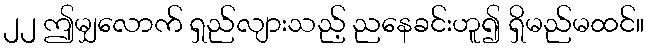
၂၂ ဤမျှလောက် ရှည်လျားသည့် ညနေခင်းဟူ၍ ရှိမည်မထင်။